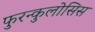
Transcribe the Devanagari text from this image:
फुरन्कुलोसिस